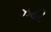
ઝહી